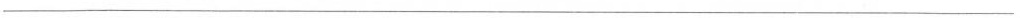
___